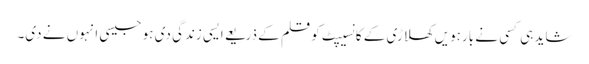
شاید ہی کسی نے بارہویں کھلاڑی کے کانسیپٹ کو قلم کے ذریعے ایسی زندگی دی ہو جیسی انہوں نے دی۔